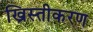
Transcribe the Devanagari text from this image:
ख्रिस्तीकरण